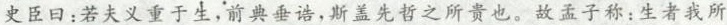
史臣日：若夫义重于生，前典垂诰，斯盖先哲之所贵也。故孟子称：生者我所